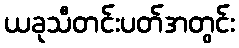
ယခုသီတင်းပတ်အတွင်း